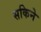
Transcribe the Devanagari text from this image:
सकिने